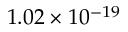
1 . 0 2 \times 1 0 ^ { - 1 9 }